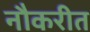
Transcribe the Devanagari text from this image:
नौकरीत